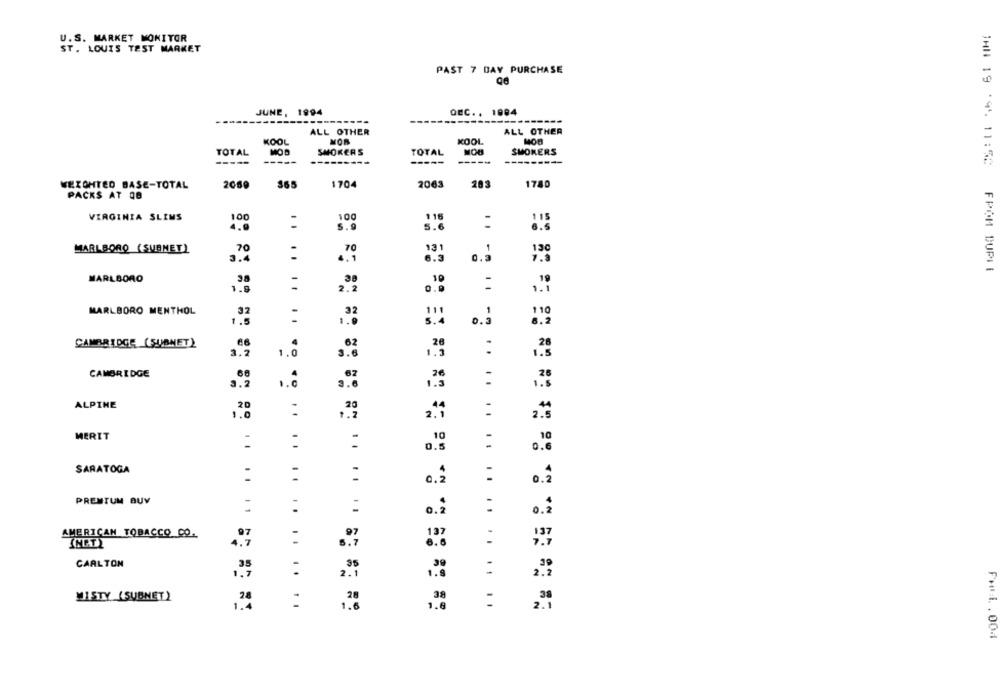
U.S. MARKET MONITOR
ST. LOUIS TEST MARKET
PAST 7 DAY PURCHASE
JUNE, 1994
DEC. . 1904
ALL OTHER
ALL OTHER
KOOL
MOR
KOOL
MOR
TOTAL
MOR
SMOKERS
TOTAL
SMOKERS
-----
-----
--------
----
JAN 19 '45. 11:52
WEIGHTED BASE-TOTAL
2060
365
1704
2063
283
1780
PACKS AT 08
100
100
VIRGINIA SLIMS
116
4.9
5.9
5.6
MARLBORO (SUBNET)
70
70
131
6.3
3.4
..
4.1
0.3
FROM DUPIE
10
MARLBORO
.30
:
1.8
2.2
0.9
1.1
MARLBORO MENTHOL
32
32
111
1
s.
1.2
CAMBRIDGE ( SUBNET)
66
28
3.2
1.0
1.3
1.3
CAMBRIDGE
66
ALPINE
20
20
..
2.5
MERIT
10
:
SARATOGA
:
:
:
0.2
PREMIUM BUV
=
:
.2
AMERICAN TOBACCO CO.
137
:37
6.6
....
CARLTON
.35
95
.39
:
2.1
1.8
WISTY (SUBNET)
38
98
1.6
2.1
FH:1 . 001